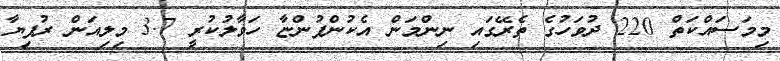
މިމަސައްކަތް 220 ދުވަހުގެ ތެރޭގައި ނިންމަން އެކުންފުންޏާ ހަވާލުކުރީ 3.7 މިލިއަން ރުފިޔާ